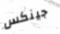
جينكس